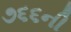
૭૬૬ની